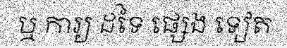
ឬ ការ្យ ដទៃ ផ្សេង ទៀត